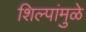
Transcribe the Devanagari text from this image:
शिल्पांमुळे